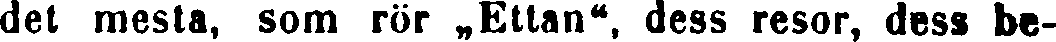
det mesta, som rör „Ettan", dess resor, dess be-